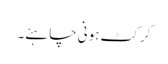
کرکٹ ہونی چاہئے۔